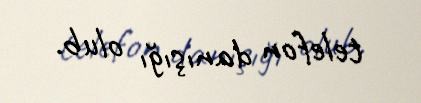
telefon danışığı olub.